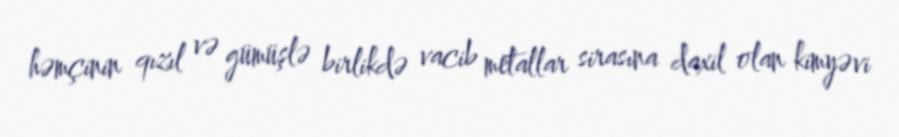
həmçinin qızıl və gümüşlə birlikdə vacib metallar sirasına daxil olan kimyəvi